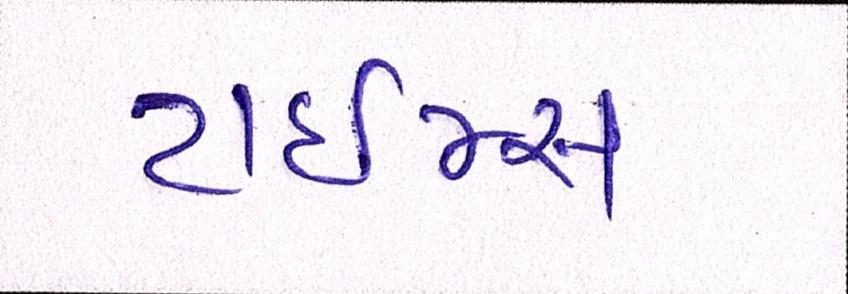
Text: ટાઈમ્સ